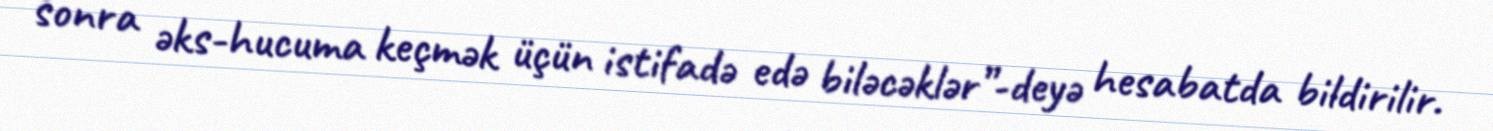
sonra əks-hucuma keçmək üçün istifadə edə biləcəklər”-deyə hesabatda bildirilir.